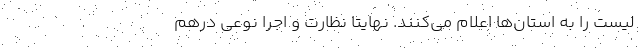
لیست را به استان‌ها اعلام می‌کنند. نهایتا نظارت و اجرا نوعی درهم